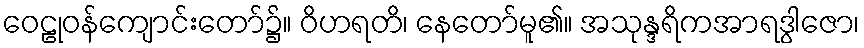
ဝေဠုဝန်ကျောင်းတော်၌။ ဝိဟရတိ၊ နေတော်မူ၏။ အသုန္ဒရိကအာရဒွါဇော၊